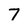
Character: 7